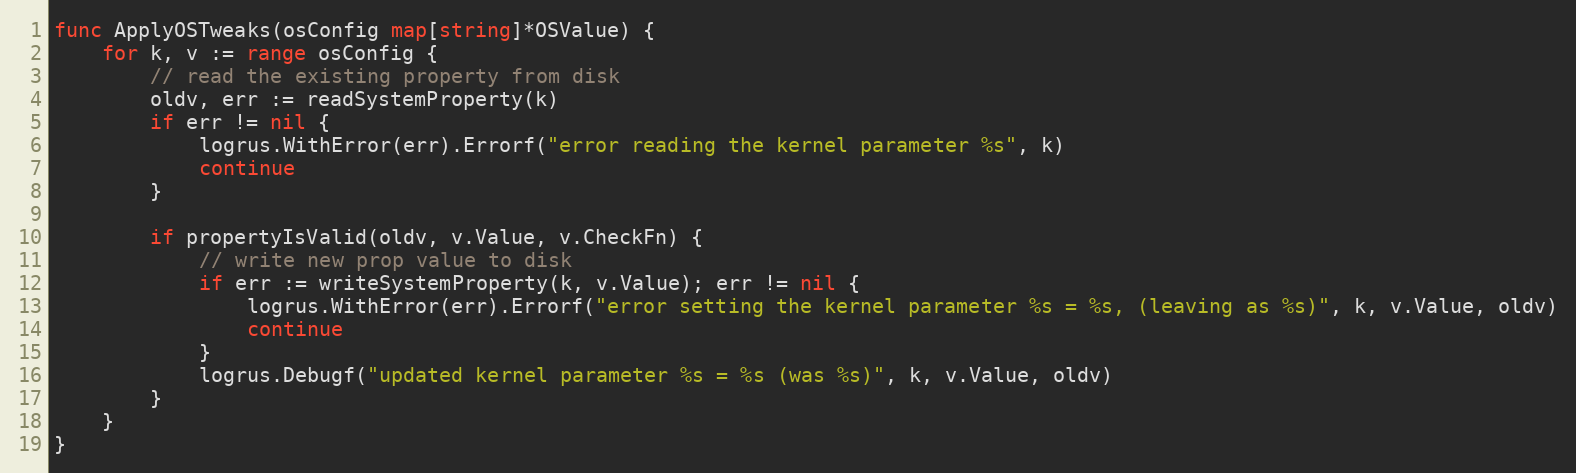
Language: Go
func ApplyOSTweaks(osConfig map[string]*OSValue) {
	for k, v := range osConfig {
		// read the existing property from disk
		oldv, err := readSystemProperty(k)
		if err != nil {
			logrus.WithError(err).Errorf("error reading the kernel parameter %s", k)
			continue
		}

		if propertyIsValid(oldv, v.Value, v.CheckFn) {
			// write new prop value to disk
			if err := writeSystemProperty(k, v.Value); err != nil {
				logrus.WithError(err).Errorf("error setting the kernel parameter %s = %s, (leaving as %s)", k, v.Value, oldv)
				continue
			}
			logrus.Debugf("updated kernel parameter %s = %s (was %s)", k, v.Value, oldv)
		}
	}
}